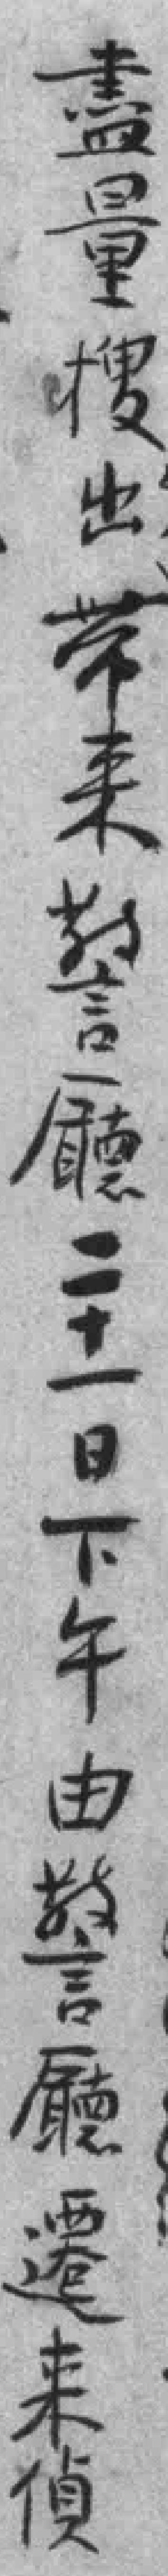
盡量搜出带来警㕔二十一日下午由警㕔遷来偵